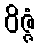
ဝိဇ္ဇံ